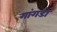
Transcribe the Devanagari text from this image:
गांगडोे